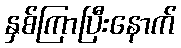
နှစ်ကြာပြီးနောက်